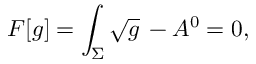
{ \cal F } [ g ] = \int _ { \Sigma } \sqrt { g } \, - A ^ { 0 } = 0 ,